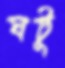
ঘটু